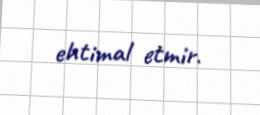
ehtimal etmir.